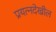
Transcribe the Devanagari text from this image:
प्रयत्‍नदेखील